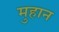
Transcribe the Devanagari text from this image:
मुहान